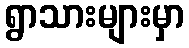
ရွာသားများမှာ